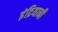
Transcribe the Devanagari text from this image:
इंद्रियानी